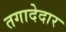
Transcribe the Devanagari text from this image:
तगादेदार